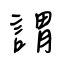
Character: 謂